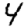
Digit: 4